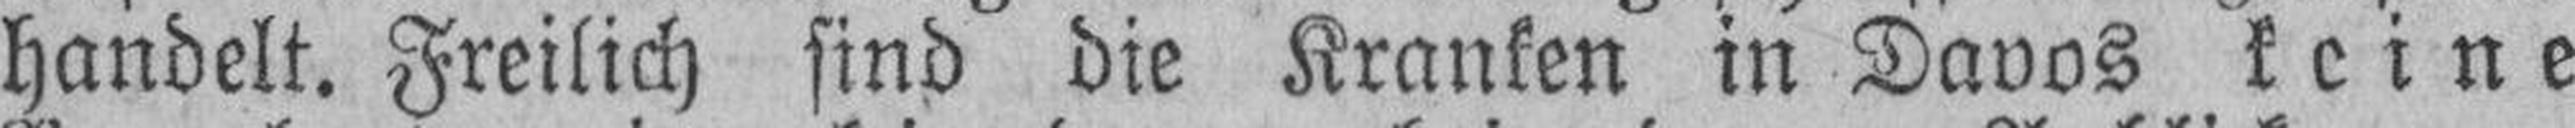
handelt. Freilich sind die Kranken in Davos keine